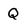
Character: Q